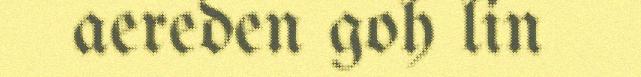
aereden goh lin